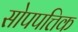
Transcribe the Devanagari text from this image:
सोपपत्तिक